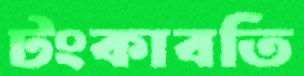
টংকাবতি